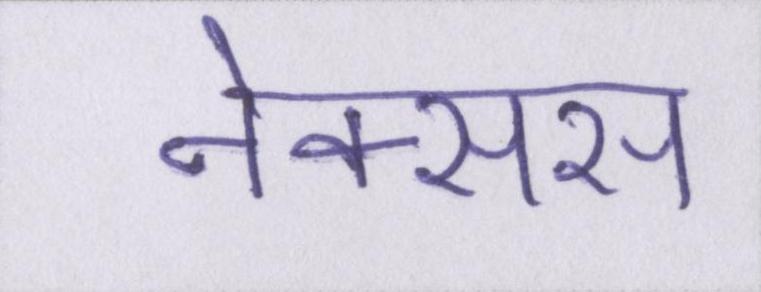
नेक्सस